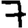
Digit: 7